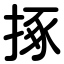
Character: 㧻